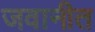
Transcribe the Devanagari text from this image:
जवानीत